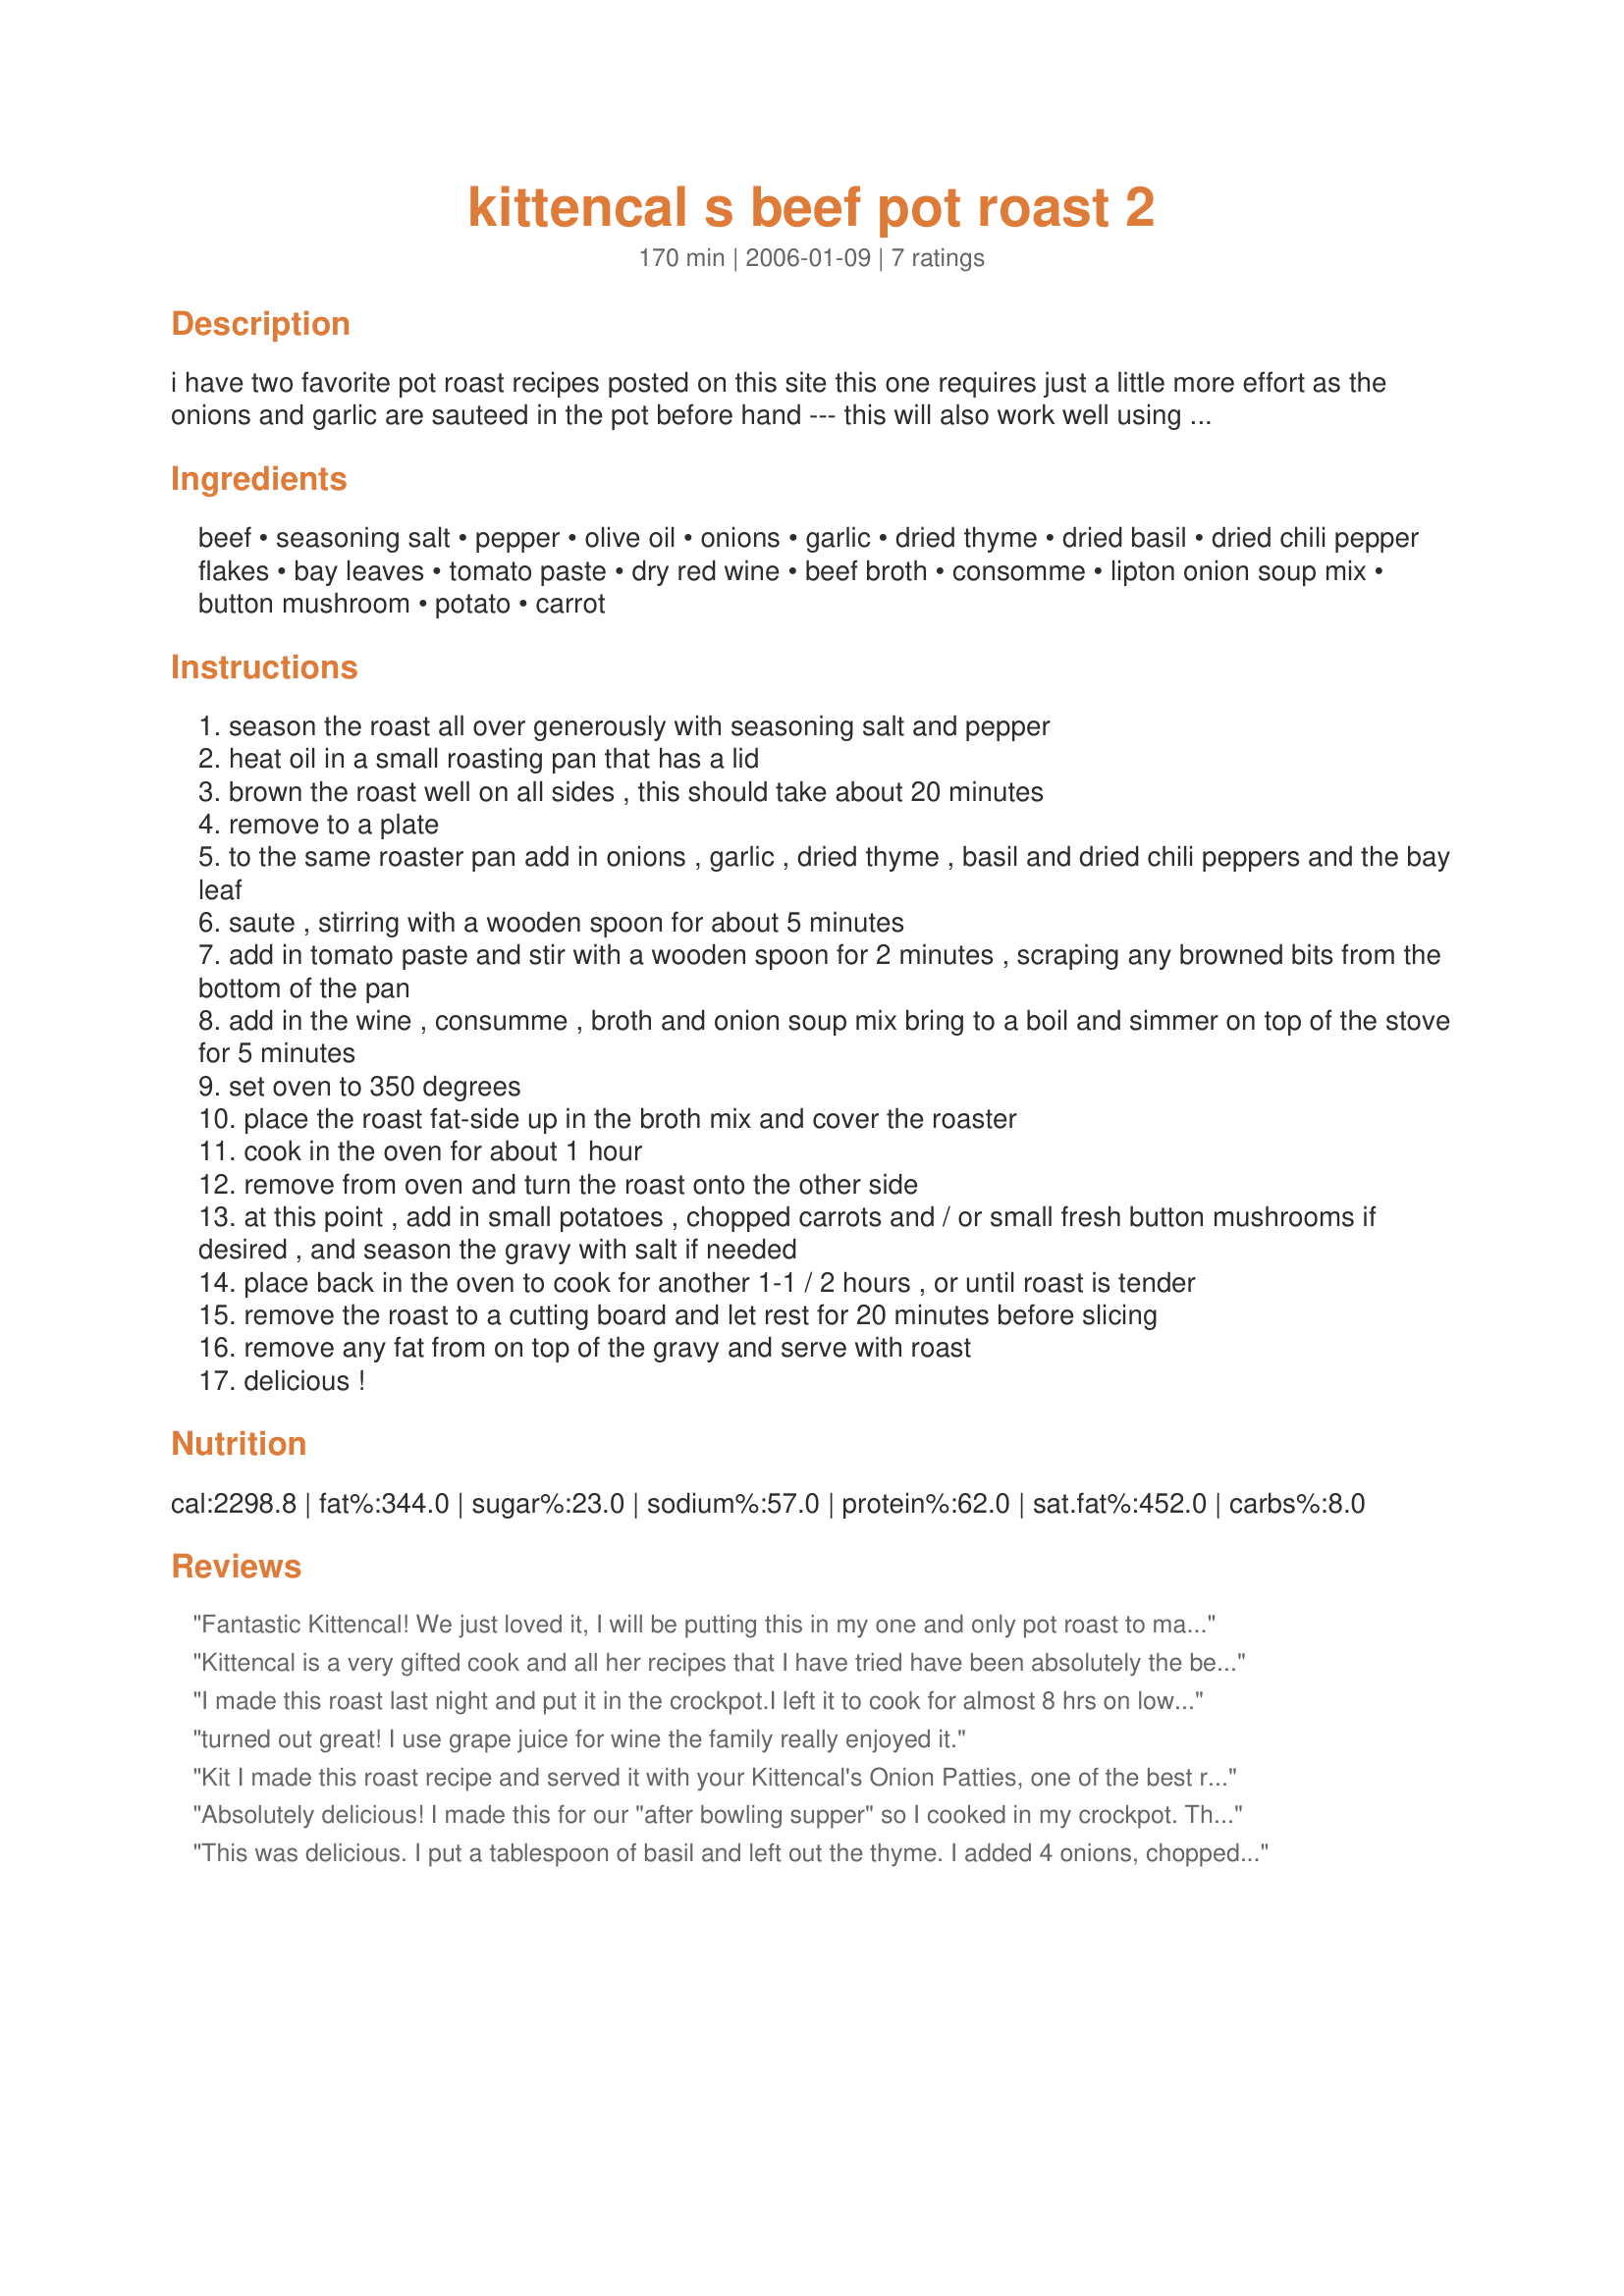
kittencal s beef pot roast 2
Preparation time: 170 minutes

i have two favorite pot roast recipes posted on this site this one requires just a little more effort as the onions and garlic are sauteed in the pot before hand --- this will also work well using a pork shoulder roast, the veggies are optional but i most always add them about the last 1-1/2 hours of cooking time, cooking time is only estimated depending on the size of your roast.

Ingredients:
beef, seasoning salt, pepper, olive oil, onions, garlic, dried thyme, dried basil, dried chili pepper flakes, bay leaves, tomato paste, dry red wine, beef broth, consomme, lipton onion soup mix, button mushroom, potato, carrot

Steps:
season the roast all over generously with seasoning salt and pepper
heat oil in a small roasting pan that has a lid
brown the roast well on all sides , this should take about 20 minutes
remove to a plate
to the same roaster pan add in onions , garlic , dried thyme , basil and dried chili peppers and the bay leaf
saute , stirring with a wooden spoon for about 5 minutes
add in tomato paste and stir with a wooden spoon for 2 minutes , scraping any browned bits from the bottom of the pan
add in the wine , consumme , broth and onion soup mix bring to a boil and simmer on top of the stove for 5 minutes
set oven to 350 degrees
place the roast fat-side up in the broth mix and cover the roaster
cook in the oven for about 1 hour
remove from oven and turn the roast onto the other side
at this point , add in small potatoes , chopped carrots and / or small fresh button mushrooms if desired , and season the gravy with salt if needed
place back in the oven to cook for another 1-1 / 2 hours , or until roast is tender
remove the roast to a cutting board and let rest for 20 minutes before slicing
remove any fat from on top of the gravy and serve with roast
delicious !

Reviews:
Fantastic Kittencal! We just loved it, I will be putting this in my one and only pot roast to make....I had a 2 pound chuck roast so I cut the ingredients in half and it turned out just perfect....but all your recipes are 5 star! Thanks
Kittencal is a very gifted cook and all her recipes that I have tried have been absolutely the best! This recipe was tops! and I received many compliments. I made it for a friend who was visiting from Scotland and because I trust her recipes I did not hesitate trying it out for the first time on him. Nummy! I accompanied it with roasted red potatoes.
I made this roast last night and put it in the crockpot.I left it to cook for almost 8 hrs on low. Turned out FABULOUS!!! fall off the bone tender and juicy.
turned out great! I use grape juice for wine the family really enjoyed it.
Kit I made this roast recipe and served it with your <a href="/138173">Kittencal's Onion Patties</a>, one of the best roasts and meals I have served to my family, the two simply go together, there is lots of gravy that I will use for another recipe, thanks Kit.
Absolutely delicious! I made this for our "after bowling supper" so I cooked in my crockpot. The house smelled heavenly! The veggies were tender and so flavorful! I made Hot Beef Sandwiches with the leftover roast and made Recipe #220946 to go along with the sandwiches. Yummy Kitt! Thank you for another winner!
This was delicious. I put a tablespoon of basil and left out the thyme. I added 4 onions, chopped and 2 pounds of carrots, and used 2 top sirloins. Incredible flavor.
